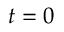
t = 0